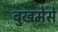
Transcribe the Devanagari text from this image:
बुखमेसे